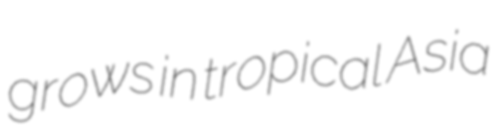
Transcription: grows in tropical Asia